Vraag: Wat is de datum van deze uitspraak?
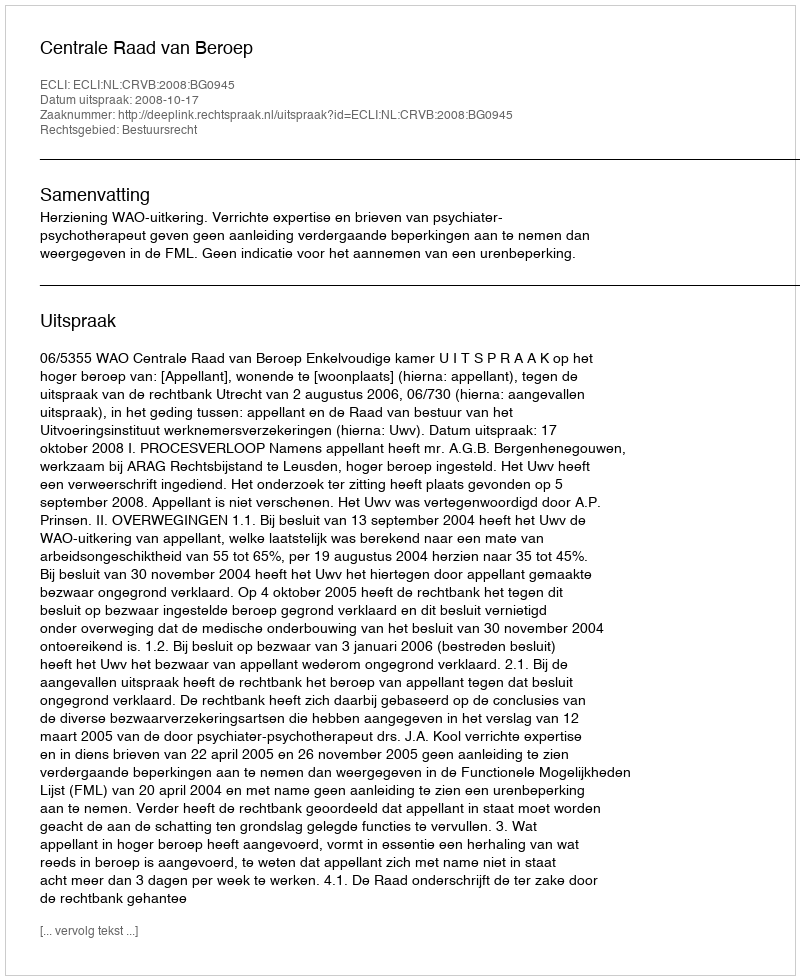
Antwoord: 2008-10-17